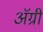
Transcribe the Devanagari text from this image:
ॲग्री